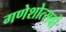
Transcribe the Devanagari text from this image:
गणेशोत्सवों